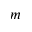
m